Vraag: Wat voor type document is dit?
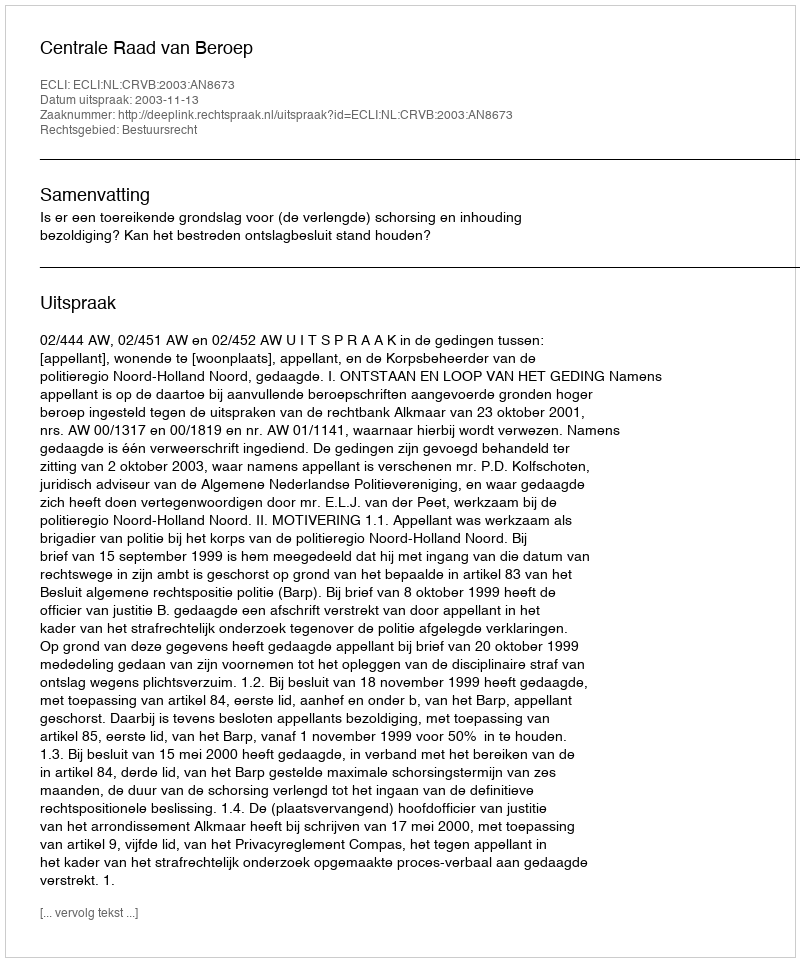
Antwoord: Uitspraak